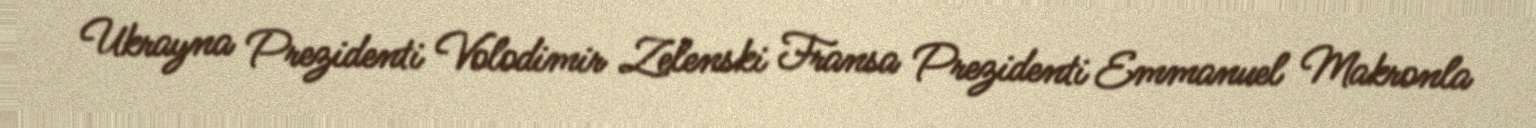
Ukrayna Prezidenti Volodimir Zelenski Fransa Prezidenti Emmanuel Makronla